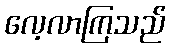
လေ့လာကြသည်